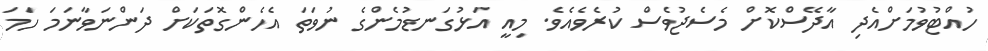
ހުއްޓުވުމަށްއެދި އާދޭސްކޮށް މެސެޖުވެސް ކުރެވެއެވެ. މިއީ އަޅުގަނޑުމެންގެ ނުވަތަ އެހެންގޮތަކަށް ދަންނަވާނަމަ ހަމަ